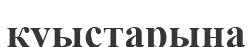
қуыстарына